Annual returns of the Patna Lunatic Asylum at Bankipore in Bihar and Orissa - 1912-1924
Year: 1912
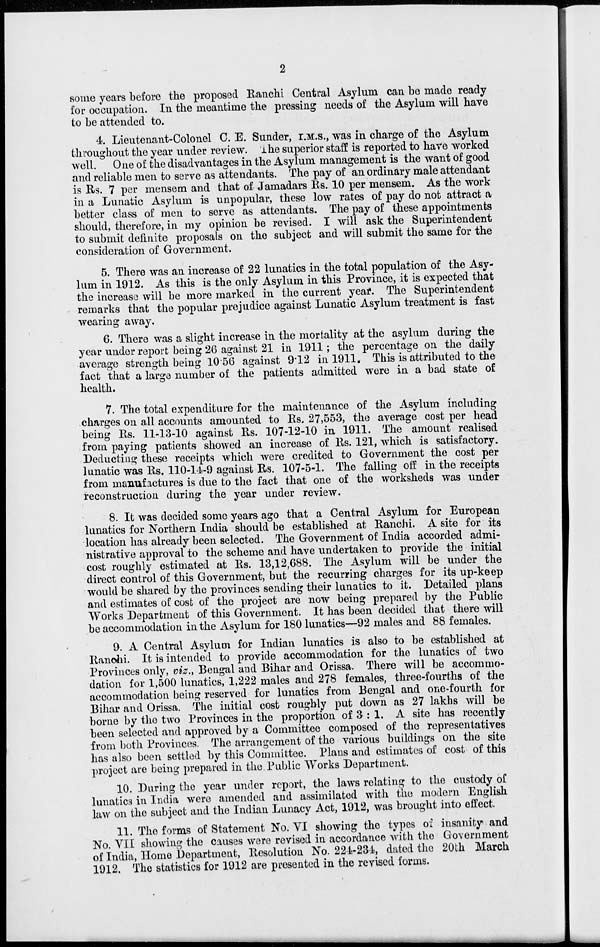
2
some years before the proposed Ranchi Central Asylum can be made ready
for occupation. In the meantime the pressing needs of the Asylum will have
to be attended to.
4. Lieutenant-Colonel C. E. Sunder, I.M.S., was in charge of the Asylum
throughout the year under review. The superior staff is reported to have worked
well. One of the disadvantages in the Asylum management is the want of good
and reliable men to serve as attendants. The pay of an ordinary male attendant
is Rs. 7 per mensem and that of Jamadars Rs. 10 per mensem. As the work
in a Lunatic Asylum is unpopular, these low rates of pay do not attract a
better class of men to serve as attendants. The pay of these appointments
should, therefore, in my opinion be revised. I will ask the Superintendent
to submit definite proposals on the subject and will submit the same for the
consideration of Government.
5. There was an increase of 22 lunatics in the total population of the Asy-
lum in 1912. As this is the only Asylum in this Province, it is expected that
the increase will be more marked in the current year. The Superintendent
remarks that the popular prejudice against Lunatic Asylum treatment is fast
wearing away.
6. There was a slight increase in the mortality at the asylum during the
year under report being 26 against 21 in 1911; the percentage on the daily
average strength being 10.56 against 9.12 in 1911. This is attributed to the
fact that a large number of the patients admitted were in a bad state of
health.
7. The total expenditure for the maintenance of the Asylum including
charges on all accounts amounted to Rs. 27,553, the average cost per head
being Rs. 11-13-10 against Rs. 107-12-10 in 1911. The amount realised
from paying patients showed an increase of Rs. 121, which is satisfactory.
Deducting these receipts which were credited to Government the cost per
lunatic was Rs. 110-14-9 against Rs. 107-5-1. The falling off in the receipts
from manufactures is due to the fact that one of the worksheds was under
reconstruction during the year under review.
8. It was decided some years ago that a Central Asylum for European
lunatics for Northern India should be established at Ranchi. A site for its
location has already been selected. The Government of India accorded admi-
nistrative approval to the scheme and have undertaken to provide the initial
cost roughly estimated at Rs. 13,12,688. The Asylum will be under the
direct control of this Government, but the recurring charges for its up-keep
would be shared by the provinces sending their lunatics to it. Detailed plans
and estimates of cost of the project are now being prepared by the Public
Works Department of this Government. It has been decided that there will
be accommodation in the Asylum for 180 lunatics—92 males and 88 females.
9. A Central Asylum for Indian lunatics is also to be established at
Ranchi. It is intended to provide accommodation for the lunatics of two
Provinces only, viz., Bengal and Bihar and Orissa. There will be accommo-
dation for 1,500 lunatics, 1,222 males and 278 females, three-fourths of the
accommodation being reserved for lunatics from Bengal and one-fourth for
Bihar and Orissa. The initial cost roughly put down as 27 lakhs will be
borne by the two Provinces in the proportion of 3:1. A site has recently
been selected and approved by a Committee composed of the representatives
from both Provinces. The arrangement of the various buildings on the site
has also been settled by this Committee. Plans and estimates of cost of this
project are being prepared in the Public Works Department.
10. During the year under report, the laws relating to the custody of
lunatics in India were amended and assimilated with the modern English
law on the subject and the Indian Lunacy Act, 1912, was brought into effect.
11. The forms of Statement No. VI showing the types of insanity and
No. VII showing the causes were revised in accordance with the Government
of India, Home Department, Resolution No. 224-234, dated the 20th March
1912. The statistics for 1912 are presented in the revised forms.